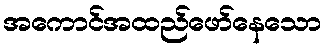
အကောင်အထည်ဖော်နေသော